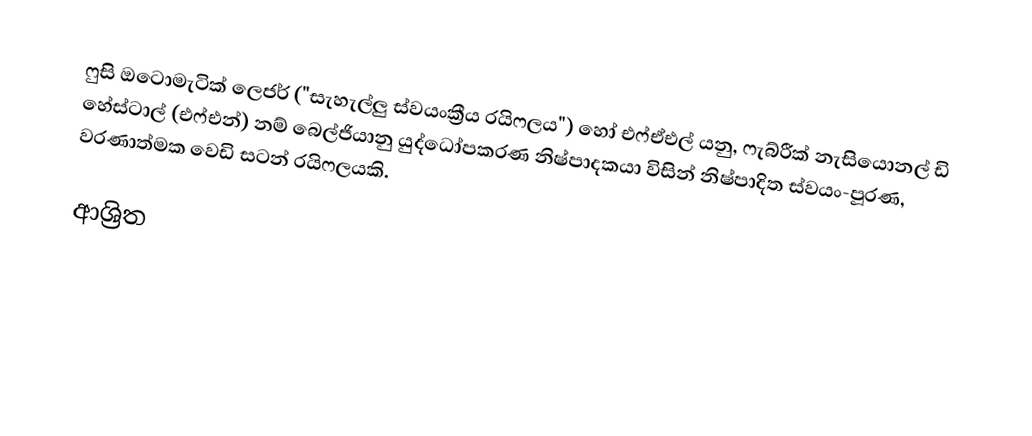
ෆුසි ඔටොමැටික් ලෙජර් ("සැහැල්ලු ස්වයංක්‍රීය රයිෆලය") හෝ එෆ්ඒඑල් යනු,  ෆැබ්රීක් නැසියොනල් ඩි හේස්ටාල් (එෆ්එන්) නම් බෙල්ජියානු යුද්ධෝපකරණ නිෂ්පාදකයා විසින් නිෂ්පාදිත ස්වයං-පූරණ, වරණාත්මක වෙඩි සටන් රයිෆලයකි.

ආශ්‍රිත